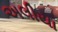
અલીયા